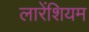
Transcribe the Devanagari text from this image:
लारेंशियम